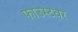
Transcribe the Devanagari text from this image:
फाउस्टवर